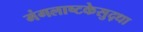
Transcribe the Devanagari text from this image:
मंगलाष्टकेसुद्धा